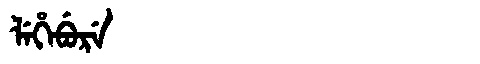
Manchu: ᠯᡝᡥᡝᠪᡠᡵᡝ
Romanization: LEHEBURE